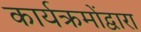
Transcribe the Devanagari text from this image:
कार्यक्रमोंद्वारा